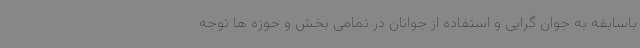
باسابقه به جوان گرایی و استفاده از جوانان در تمامی بخش و حوزه ها توجه